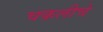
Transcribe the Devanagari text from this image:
चकलीचे